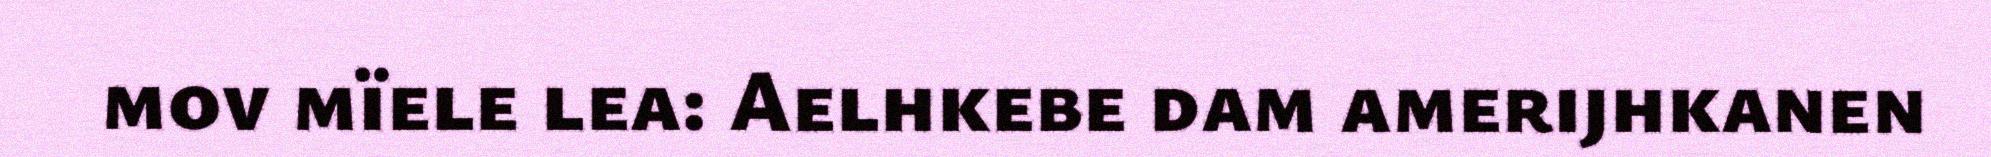
mov mïele lea: Aelhkebe dam amerijhkanen